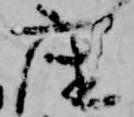
座